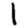
Digit: 1